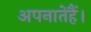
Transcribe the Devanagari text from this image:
अपनातेहैं।